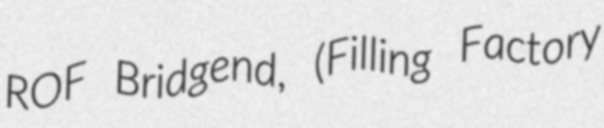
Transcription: ROF Bridgend, (Filling Factory